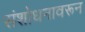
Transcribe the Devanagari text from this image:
संशोधनावरून